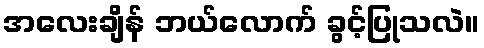
အလေးချိန် ဘယ်လောက် ခွင့်ပြုသလဲ။